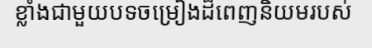
ខ្លាំងជាមួយបទចម្រៀងដ៏ពេញនិយមរបស់